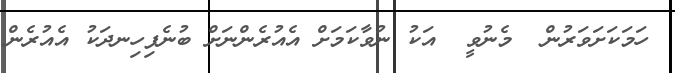
ހަމަކަށަވަރުން  މެނުވީ  އަކު ނުވާކަމަށް އެއުރެންނަށް ބުނެފިހިނދަކު އެއުރެން